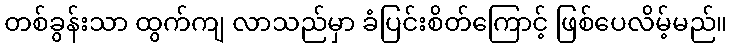
တစ်ခွန်းသာ ထွက်ကျ လာသည်မှာ ခံပြင်းစိတ်ကြောင့် ဖြစ်ပေလိမ့်မည်။